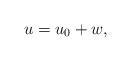
LaTeX: \begin{align*}u=u_0 + w,\end{align*}